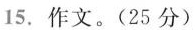
15.作文。(25分)